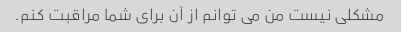
مشکلی نیست من می توانم از آن برای شما مراقبت کنم.